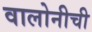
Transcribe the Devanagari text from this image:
वालोनीची